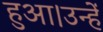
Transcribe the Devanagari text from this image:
हुआ।उन्हें